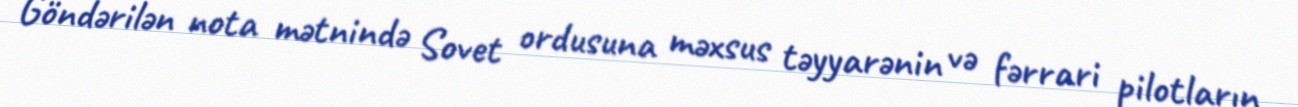
Göndərilən nota mətnində Sovet ordusuna məxsus təyyarənin və fərrari pilotların